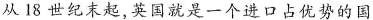
从18世纪末起，英国就是一个进口占优势的国